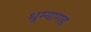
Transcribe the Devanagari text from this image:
धुम्यागड